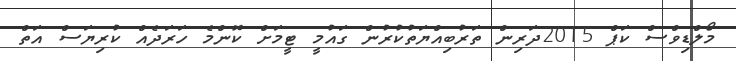
މޯލްޑިވްސް ކަޕް 2015ދަރިން ތަރުބިއްޔަތުކުރުން ގައުމީ ޓީމަށް ކޮންމެ ހަރަދެއް ކުރިޔަސް އަތް